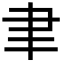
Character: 聿